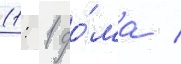
(1: 1 до́ма /